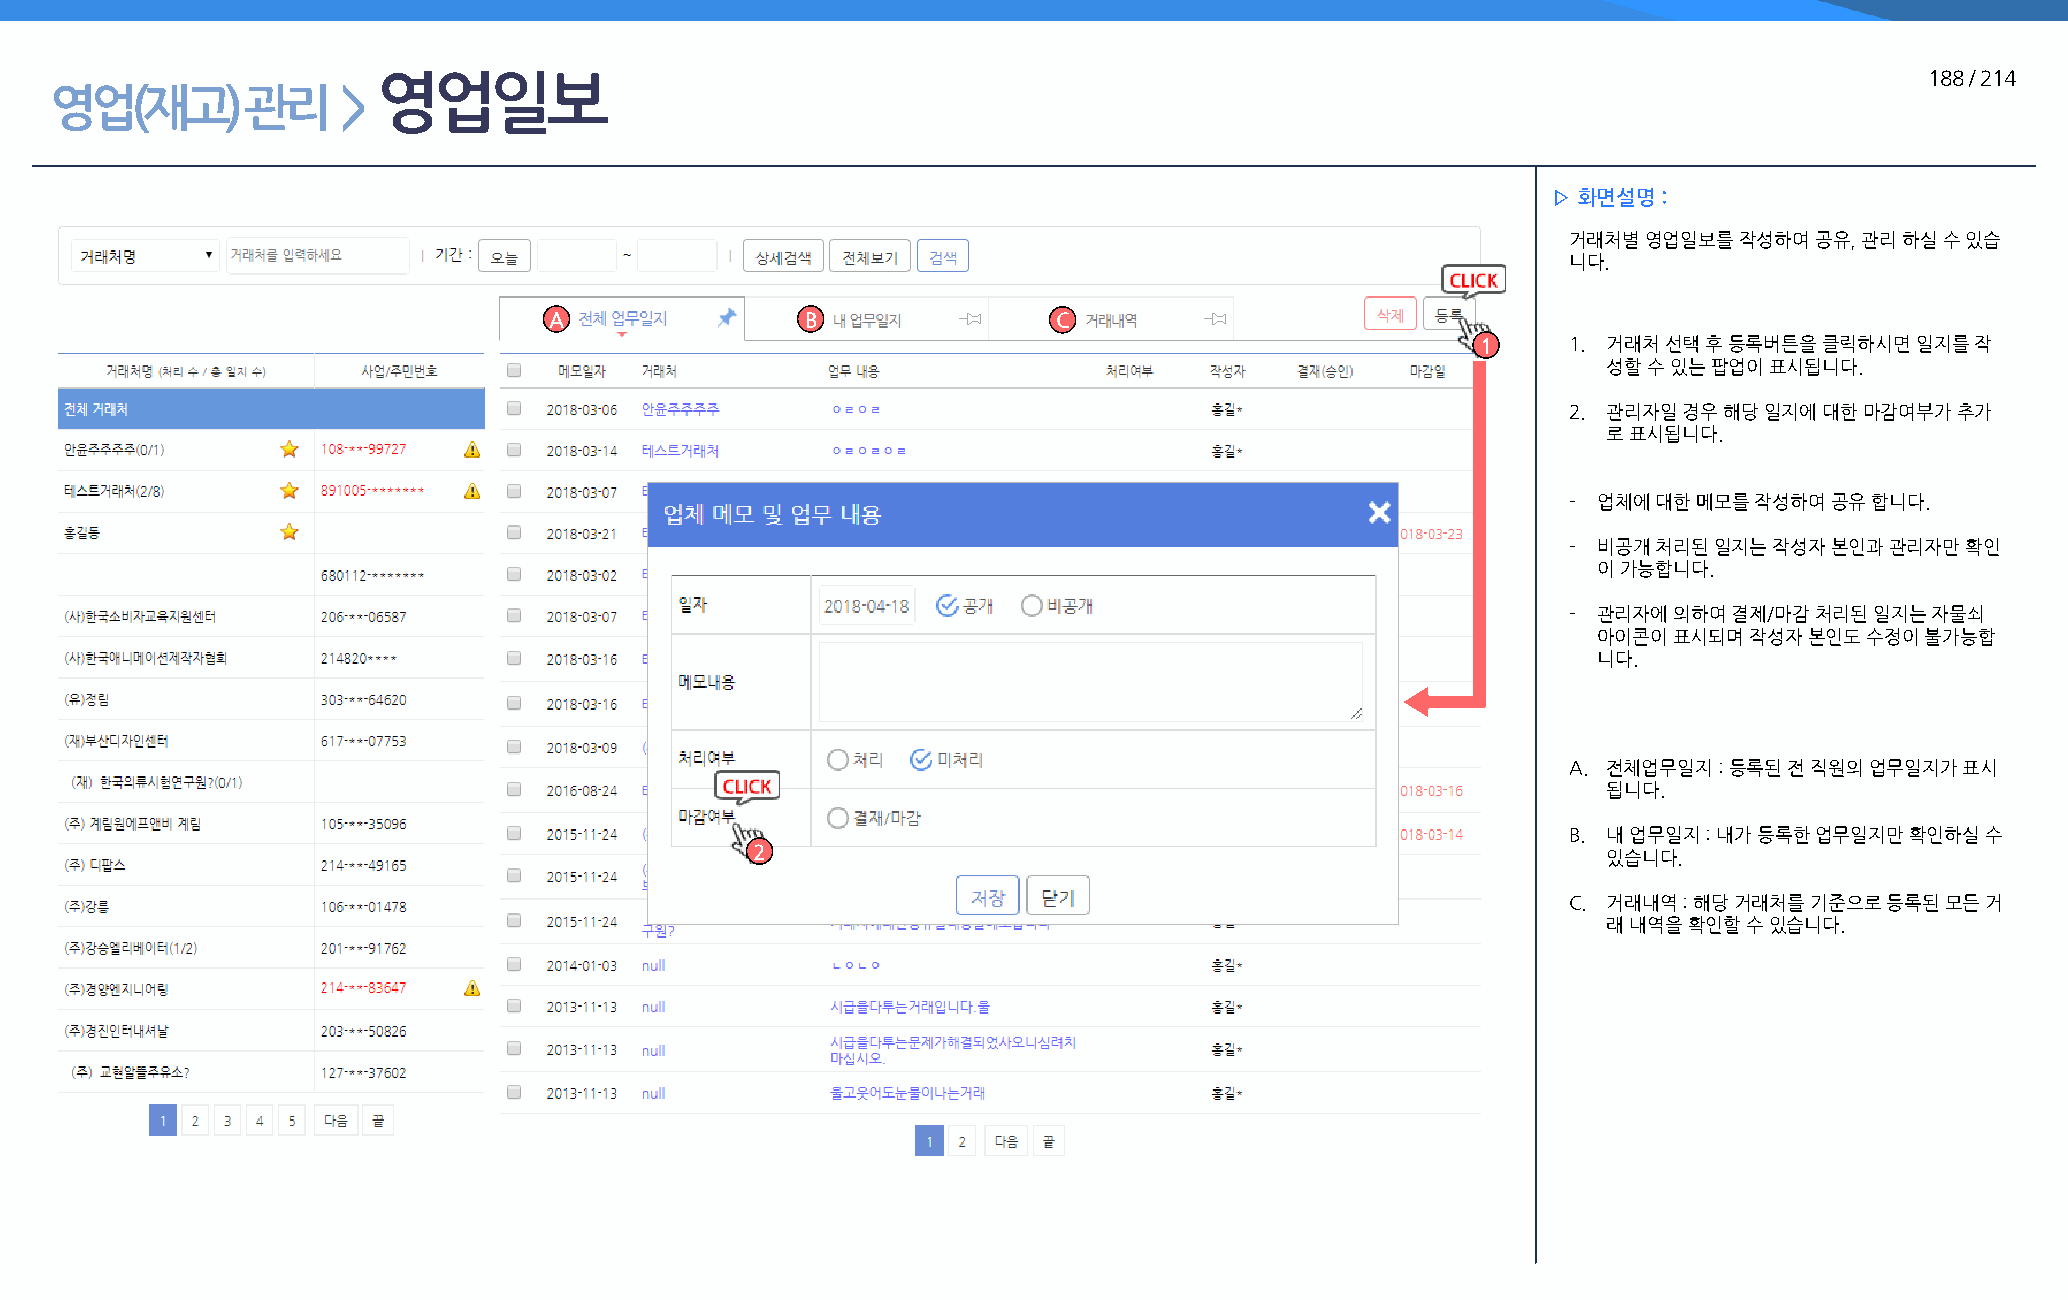
영업일보                                                                                                   188 / 214
 영업(재고)       관리     >
 ▷ 화면설명 :
 거래처별 영업일보를 작성하여 공유, 관리 하실 수 있습
 니다.
 A                B                C
 1     1. 거래처 선택 후 등록버튼을 클릭하시면 일지를 작
 성할 수 있는 팝업이 표시됩니다.
 2. 관리자일 경우 해당 일지에 대한 마감여부가 추가
 로 표시됩니다.
 - 업체에 대한 메모를 작성하여 공유 합니다.
 - 비공개 처리된 일지는 작성자 본인과 관리자만 확인
 이 가능합니다.
 - 관리자에 의하여 결제/마감 처리된 일지는 자물쇠
 아이콘이 표시되며 작성자 본인도 수정이 불가능합
 니다.
 A. 전체업무일지 : 등록된 전 직원의 업무일지가 표시
 됩니다.
 B. 내 업무일지 : 내가 등록한 업무일지만 확인하실 수
 2
 있습니다.
 C. 거래내역 : 해당 거래처를 기준으로 등록된 모든 거
 래 내역을 확인할 수 있습니다.